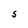
Character: S